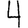
Digit: 4